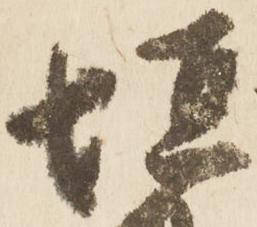
垣